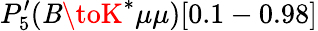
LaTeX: P_{5}^{\prime}(\mathit{B}\toK^{*}\mu\mu)[0.1-0.98]